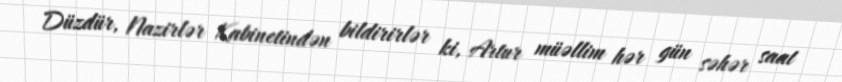
Düzdür, Nazirlər Kabinetindən bildirirlər ki, Artur müəllim hər gün səhər saat